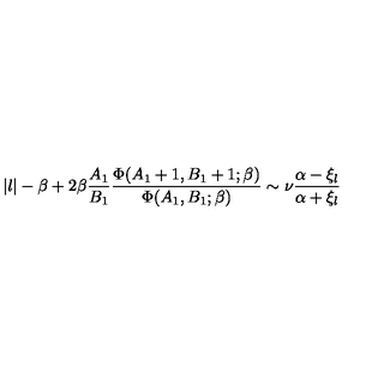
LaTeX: | l | - \beta + 2 \beta { \frac { A _ { 1 } } { B _ { 1 } } } { \frac { \Phi ( A _ { 1 } + 1 , B _ { 1 } + 1 ; \beta ) } { \Phi ( A _ { 1 } , B _ { 1 } ; \beta ) } } \sim \nu { \frac { \alpha - \xi _ { l } } { \alpha + \xi _ { l } } }